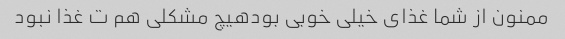
ممنون از شما غذای خیلی خوبی بودهیچ مشکلی هم ت غذا نبود